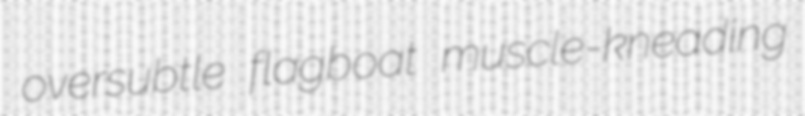
oversubtle flagboat muscle-kneading